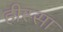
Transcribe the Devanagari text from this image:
हीस्सा